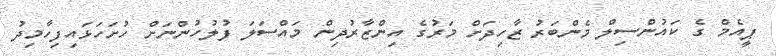
ޕީއެމް ގެ ކައުންސިލް މެންބަރު ޒާހިދަށް މަރުގެ އިންޒާރުދިން މައްސަލަ ފުލުހުންނަށް ހުށަހަޅައިފިހާމިދު